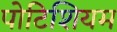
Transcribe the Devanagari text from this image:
पोटिशियम